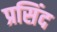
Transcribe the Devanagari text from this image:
प्रसिंद